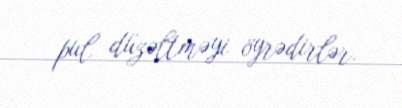
pul düzəltməyi öyrədirlər.